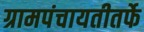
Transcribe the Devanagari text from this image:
ग्रामपंचायतीतर्फे